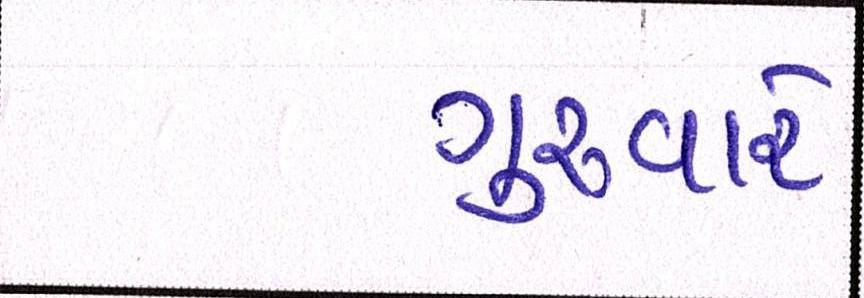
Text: ગુરુવારે